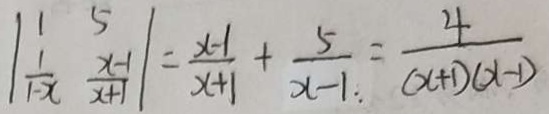
\vert \frac { 1 } { 1 - x } \frac { x - 1 } { x + 1 } \vert = \frac { x - 1 } { x + 1 } + \frac { 5 } { x - 1 : } = \frac { 4 } { ( x + 1 ) ( x - 1 ) }